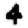
Digit: 4